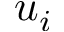
u _ { i }